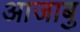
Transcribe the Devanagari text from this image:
आजाबु